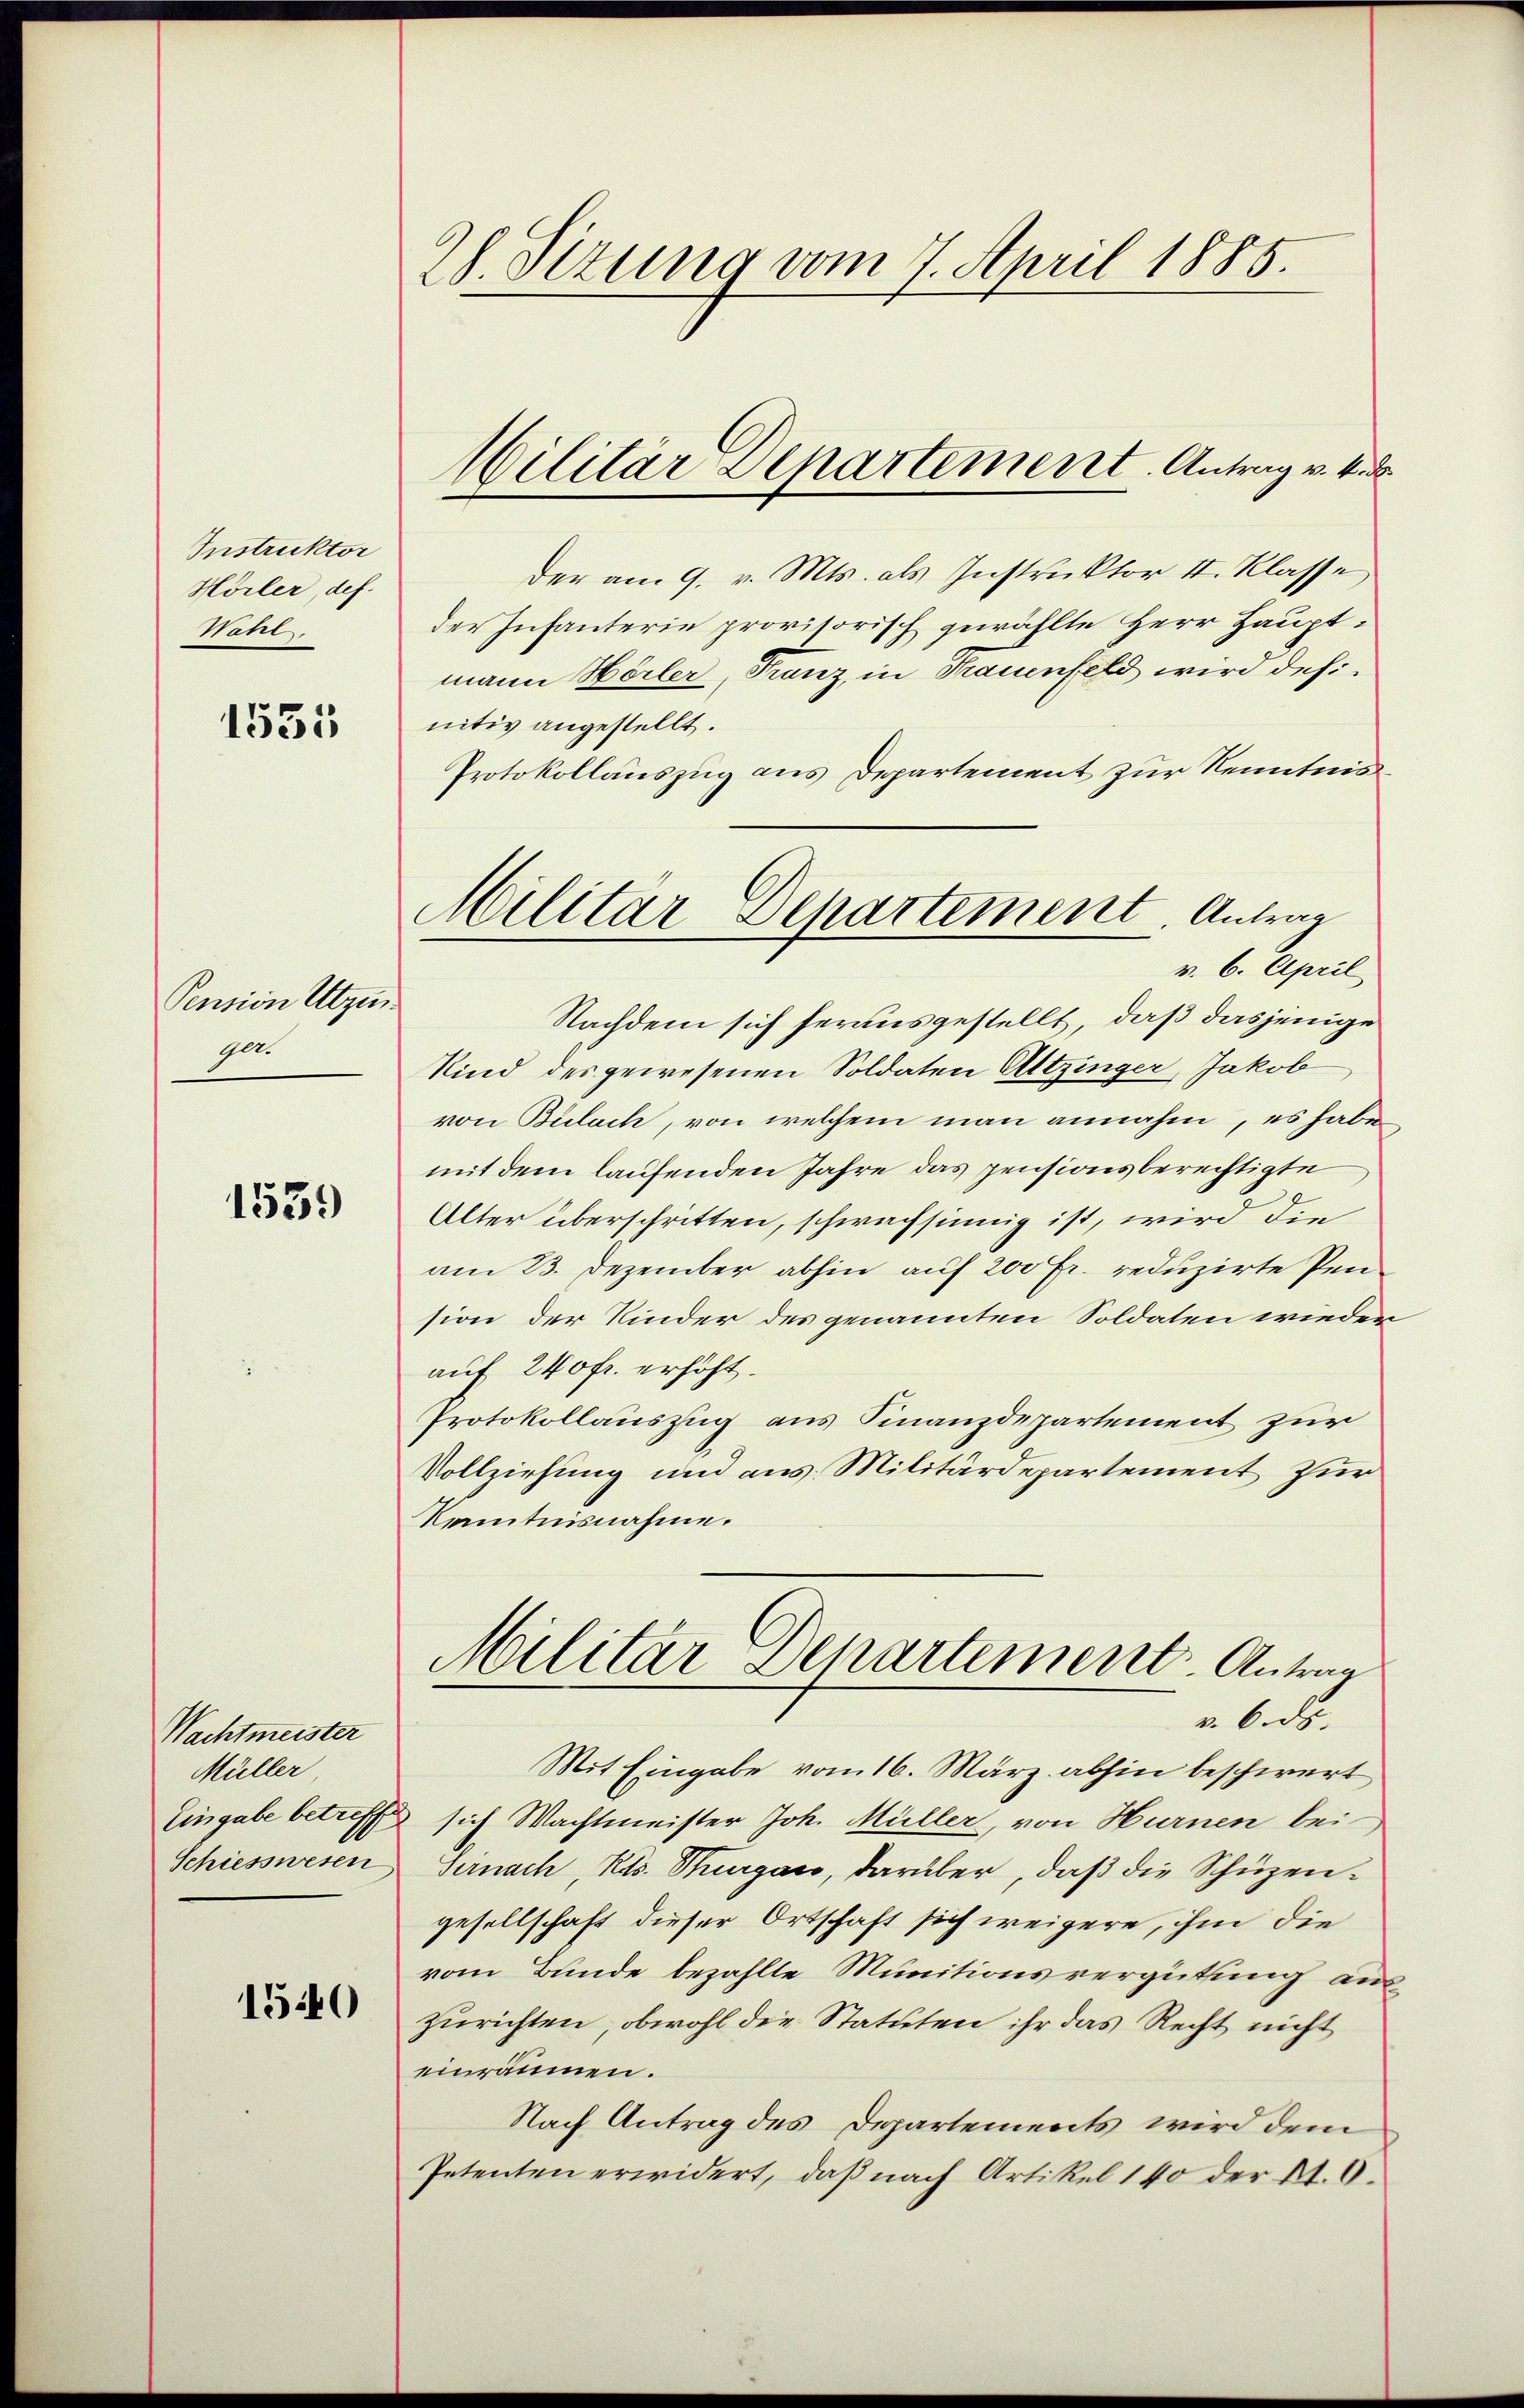
Instruktor
Hörler, def
Wahl.

1531

Pension Utzin
ge.

1539

Nachtmeister
Müller,
Eingabe betreffe
Schiesseren

1540

2h. Sizung vom 7. April 1885.

der am 9. v. Mts. als Instruktor II. Klasse
der Infanterie provisorisch gewählte Herr Hauptmann Hörler, Franz, in Frauenfeld wird definitiv angestellt.
Protokollauszug aus Departement zur Kenntnis
Nachdem sich herausgestellt, daß dasjenige
Kind des gewesenen Soldaten Altzinger, Jakob
von Bülach, von welchem man annahm, es habe
mit dem laufenden Jahre das pensionsberechtigte
Alter überschritten, schwachsinnig ist, wird die
am 23. Dezember abhin auf 200 Fr. reduzirte Pension der Kinder des genannten Soldaten wieder
auf 240 fr. erhöht.
Protokollauszug aus Finanzdepartement zur
Vollziehung und aus Militärdepartement zur
Kenntnisnahme.
Militar Departement. Anton
v. 6. ds.
Mit Eingabe vom 16. März abhin beschwert
sich Wachtmeister Joh. Müller, von Hurnen bei
Sernach, Kts. Thurgau, darüber, daß die Schüzengesellschaft dieser Ortschaft sich weigere, ihm die
vom Bunde bezahlte Munitionsvergütung auszurichten, obwohl die Statuten ihr das Recht nicht
einräumen.
Nach Antrag des Departements wird dem
Petenten erwidert, daß nach Artikel 140 der N. O.

Militar Departement. Antrag v. M. D.

Militar Departement Antrag
v. 6. April